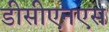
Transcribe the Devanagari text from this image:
डीसीएनएस